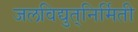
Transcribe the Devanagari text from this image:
जलविद्युत्‌निर्मिती